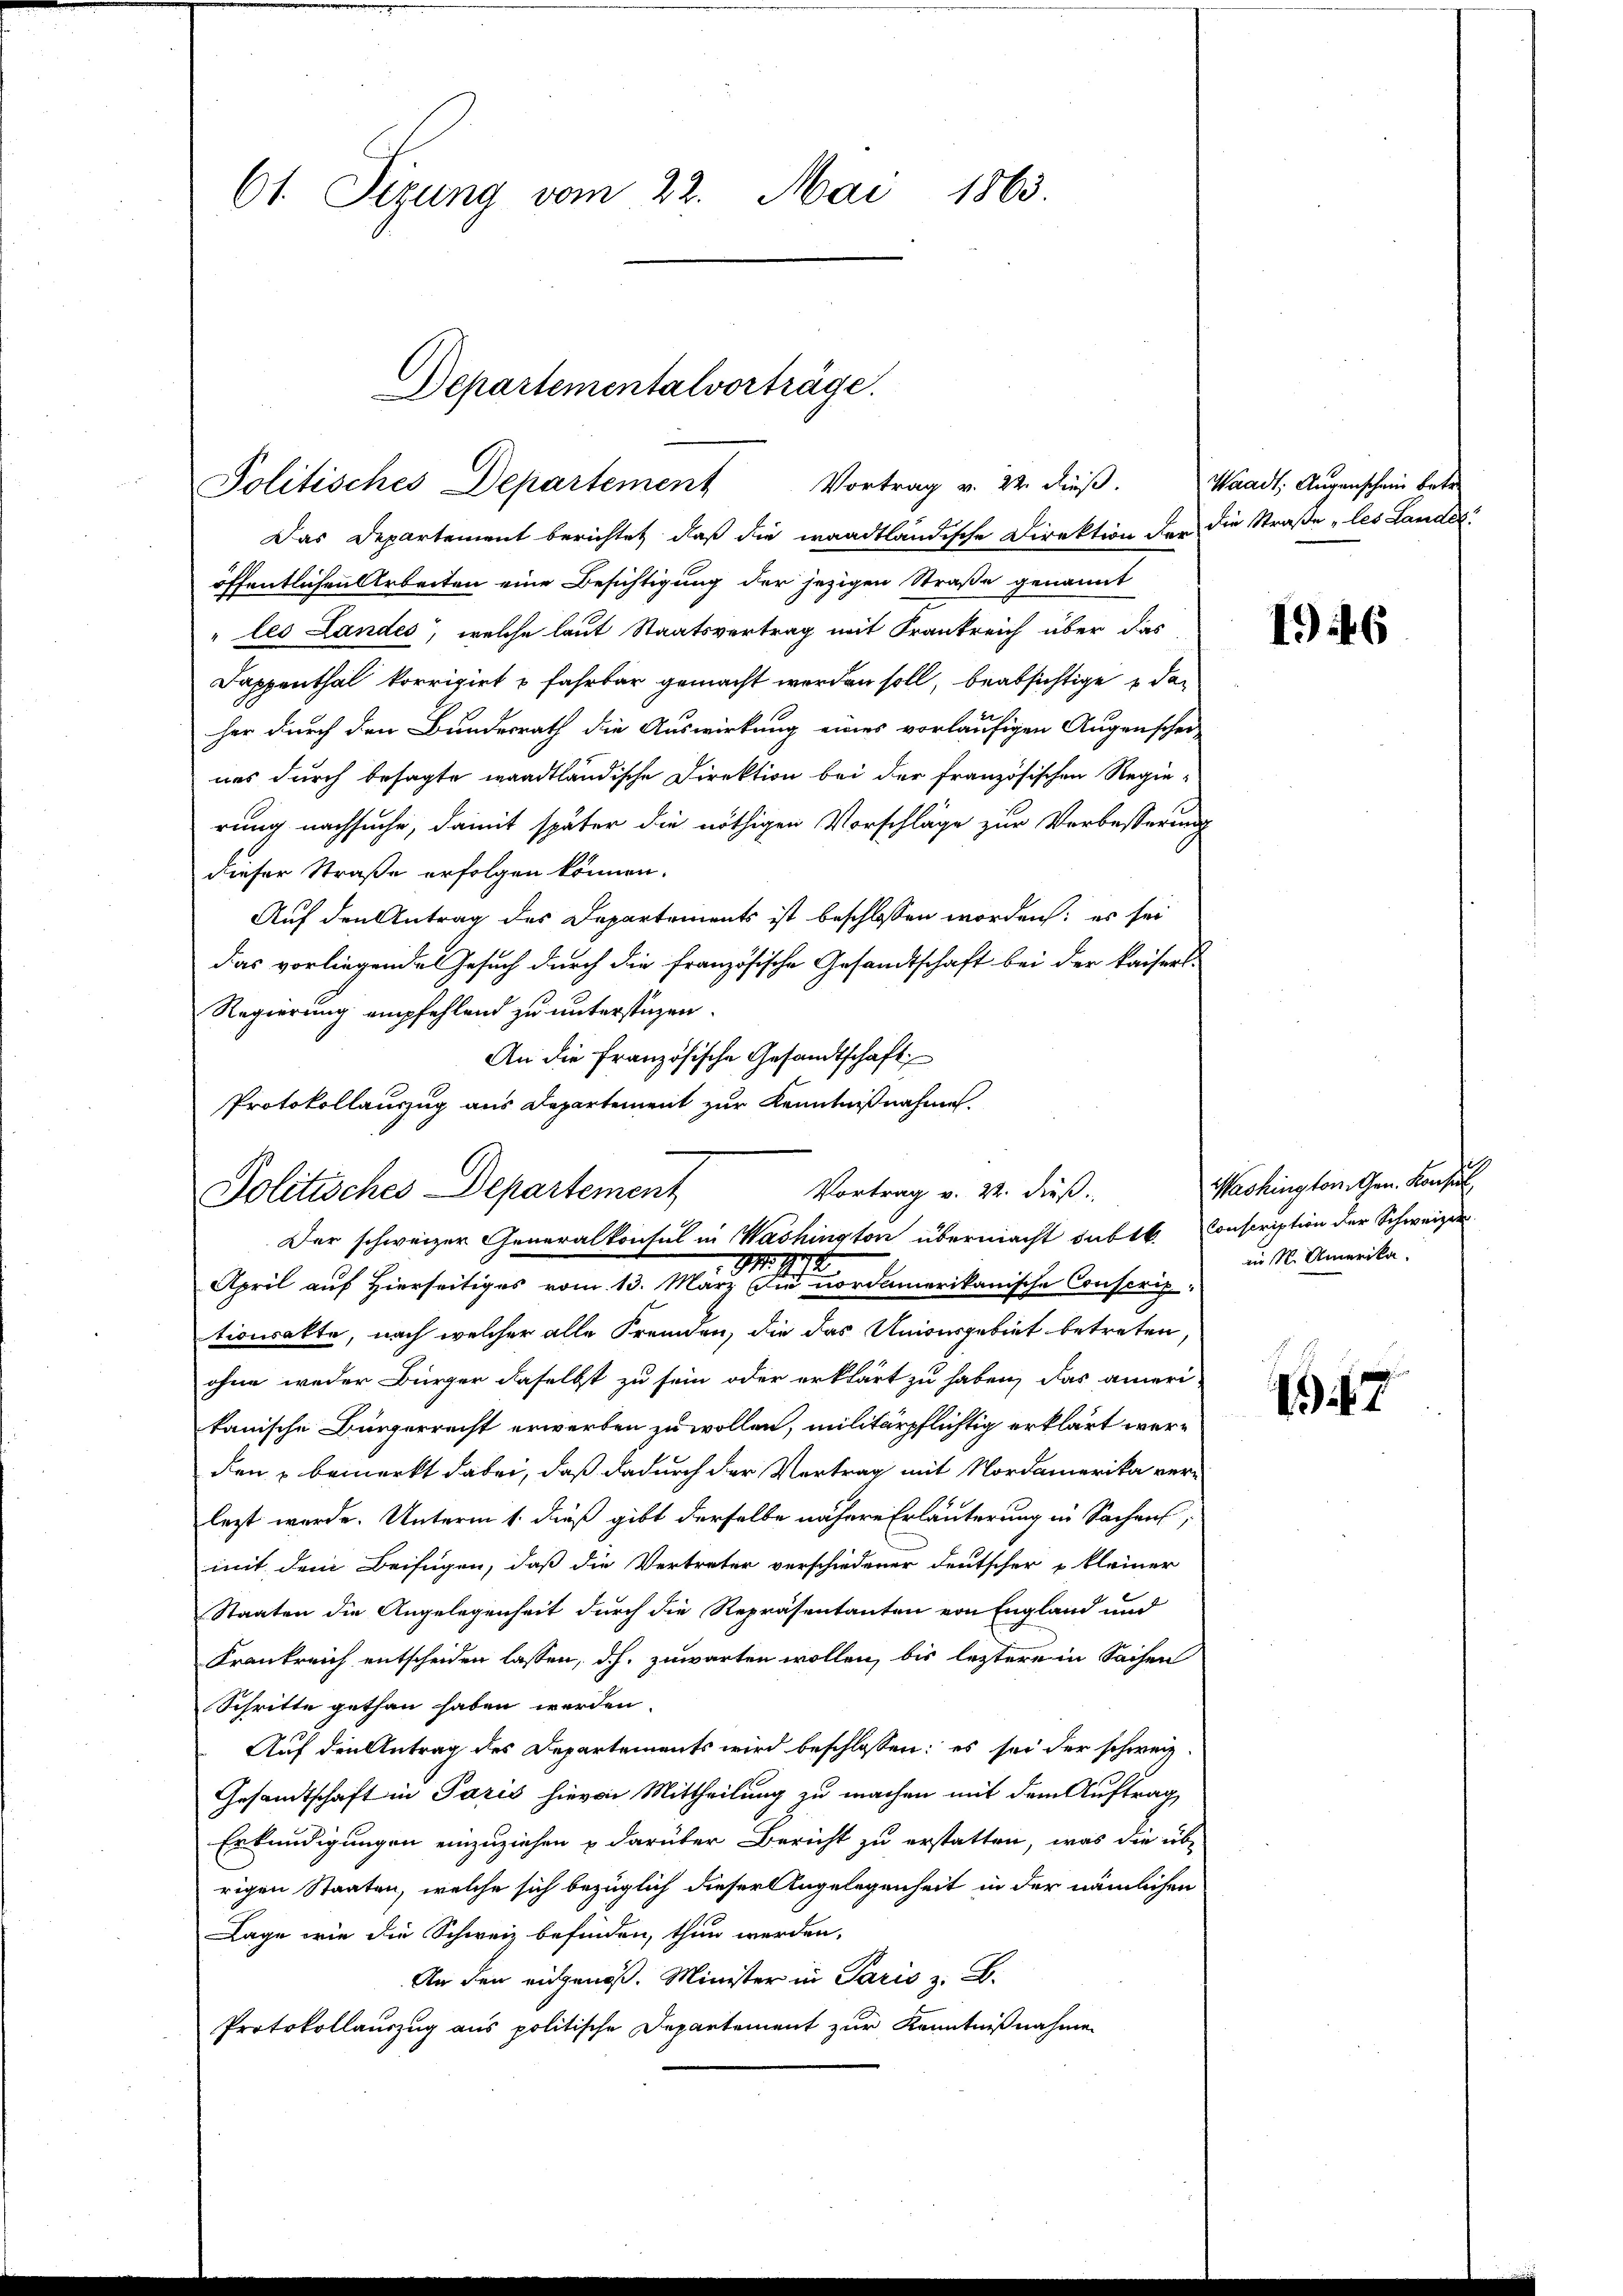
61. Sizung vom 22. Mai 1863.

Das Departement berichtet, daß die waadtländische Direktion der die Straße „les Landes:
öffentlichen Arbeiten eine Besichtigung der jezigen Straße genannt
les Landes, welche laut Staatsvertrag mit Frankreich über das
Dappenthal korrigirt u fahrbar gemacht werden soll, beabsichtige daher durch den Bundesrath die Auswirkung eines vorläufigen Augenschei-
nas durch besagte waadtländische Direktion bei der französischen Regie-
rung nachsuche, damit später die nöthigen Vorschläge zur Verbesserung
dieser Straße erfolgen können.
Auf den Antrag des Departements ist beschlossen worden: es sei
das vorliegendes Gesuch durch die französische Gesandtschaft bei der kaisers-
Regierung empfehlend zu unterstüzen.
An die französische Gesandtschaft
Protokollauszug aus Departement zur Kenntnißnahme.

Departementalvorträge.
Vortrag v. 22. dieß.
Politisches Departement

Vortrag v. 22. dieß.
Politisches Departement
Der schweizer Generalkontul in Washington übermacht dabt. Conscription der Schweizer

April auf Hierseitiges vom 13. März dir nordamerikanische Censung.
tionsakte, nach welcher alle Fremden, die das Unionsgebiet betreten
ohne weder Bürger daselbst zu sein oder erklärt zu haben, das ameri-
kanische Bürgerrecht erwerben zu wollen, militärpflichtig erklärt werden u bemerkt dabei, daß dadurch der Vertrag mit Nordamerika verlezt wurde. Unterm 1. dieß gibt derselbe nähere Erläuterung in Sachens,
mit dem Beifügen, daß die Vertreter verschiedener deutscher kleiner
Staaten die Angelegenheit durch die Repräsentanten von England und
Frankreich entscheiden lassen, d.h. zuwarten wollen, bis leztere in Sachen
Schritte gethan haben werden.
Auf den Antrag des Departements wird beschlossen: es sei der schweiz.
Gesandtschaft in Paris hievon Mittheilung zu machen mit dem Auftrag
Erkundigungen einzuziehen u darüber Bericht zu erstatten, was die übe
rigen Staaten, welche sich bezüglich dieser Angelegenheit in der nämlichen
Lage wie die Schweiz befinden, thun werden.
An den eidgenöß. Minister in Paris z. B.
Protokollauszug aus politische Departement zur Kenntnißnahme

Waadt, Augenschein betr.

16

Washington Gen. Konsul
in 1. Amerika.

c
47